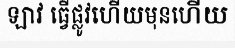
ឡាវ ធ្វើផ្លូវហើយមុនហើយ